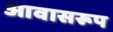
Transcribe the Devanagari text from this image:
आवासरूप